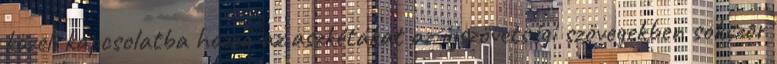
közeli kapcsolatba hozza az aszkétákat az újszövetségi szövegekben sokszor